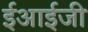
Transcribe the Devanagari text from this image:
ईआईजी